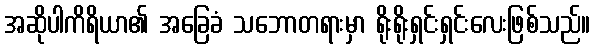
အဆိုပါကိရိယာ၏ အခြေခံ သဘောတရားမှာ ရိုးရိုးရှင်းရှင်းလေးဖြစ်သည်။